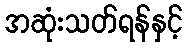
အဆုံးသတ်ရန်နှင့်